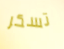
تسكر